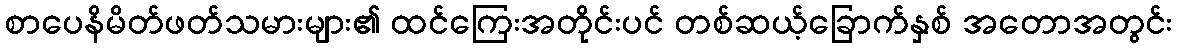
စာပေနိမိတ်ဖတ်သမားများ၏ ထင်ကြေးအတိုင်းပင် တစ်ဆယ့်ခြောက်နှစ် အတောအတွင်း